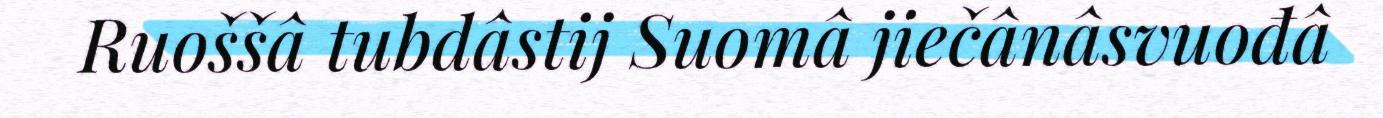
Ruoššâ tubdâstij Suomâ jiečânâsvuođâ